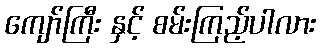
ကျော်ကြီး နှင့် စမ်းကြည့်ပါလား